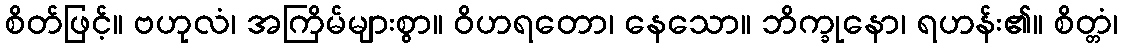
စိတ်ဖြင့်။ ဗဟုလံ၊ အကြိမ်များစွာ။ ဝိဟရတော၊ နေသော။ ဘိက္ခုနော၊ ရဟန်း၏။ စိတ္တံ၊